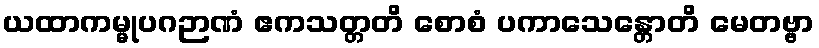
ယထာကမ္မုပဂဉာဏံ ဧကသတ္တတိ စောစံ ပကာသေန္တောတိ မေတဗ္ဗာ